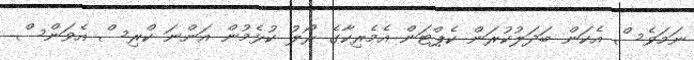
ނަމަވެސް އެކަން ބަދަލުކުރަން ކެޕްޓަން އެމެރިކާގެ ރޯލު ކުޅެމުން އަންނަ ކްރިސް އެވަންސް